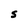
Character: S